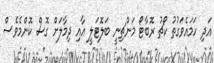
އަދި ހަމައެވަގުތު ކޯޗު ރޮބާޓޯ މަންޗިނީ ބަލޮޓަލީ އާއި ދިމާލަށް ގޮސް ކޮންމެވެސް